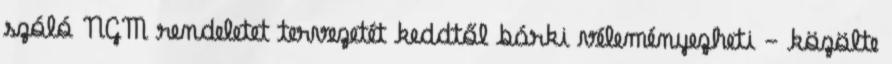
szóló NGM rendeletet tervezetét keddtől bárki véleményezheti - közölte